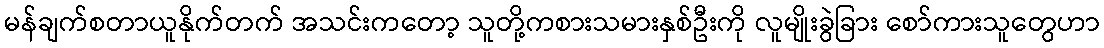
မန်ချက်စတာယူနိုက်တက် အသင်းကတော့ သူတို့ကစားသမားနှစ်ဦးကို လူမျိုးခွဲခြား စော်ကားသူတွေဟာ